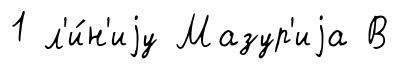
1 л'и́н'иjу Мазур'иjа В